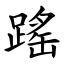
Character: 䠛